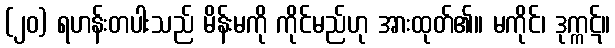
(၂၀) ရဟန်းတပါးသည် မိန်းမကို ကိုင်မည်ဟု အားထုတ်၏။ မကိုင်၊ ဒုက္ကဋ်။